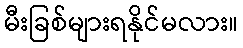
မီးခြစ်များရနိုင်မလား။